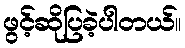
ဖွင့်ဆိုပြခဲ့ပါတယ်။